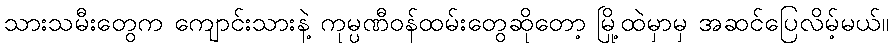
သားသမီးတွေက ကျောင်းသားနဲ့ ကုမ္ပဏီဝန်ထမ်းတွေဆိုတော့ မြို့ထဲမှာမှ အဆင်ပြေလိမ့်မယ်။